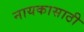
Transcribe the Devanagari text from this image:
नायकासाठी